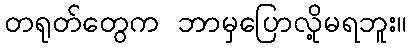
တရုတ်တွေက ဘာမှပြောလို့မရဘူး။